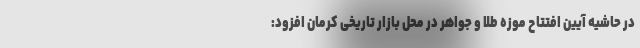
در حاشیه آیین افتتاح موزه طلا و جواهر در محل بازار تاریخی کرمان افزود: